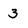
Character: 3